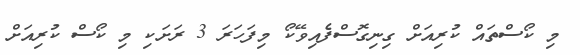
މި ކޯސްތައް ކުރިއަށް ގިނިގޮސްފެއިވޭކޯ މިފަހަރަ 3 ރަށަކި މި ކޯސް ކުރިއަށް